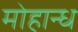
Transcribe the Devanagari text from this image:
मोहान्ध